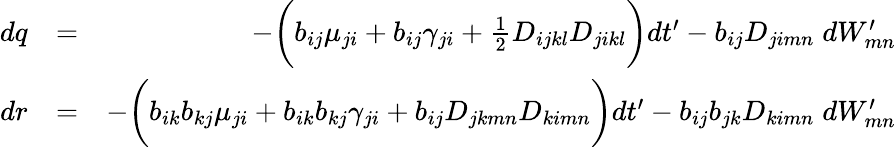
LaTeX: \begin{array}{rlr}{dq}&{=}&{-\bigg(b_{ij}\mu_{ji}+b_{ij}\gamma_{ji}+\frac{1}{2}D_{ijkl}D_{jikl}\bigg)dt^{\prime}-b_{ij}D_{jimn}\; dW_{mn}^{\prime}}\\ {dr}&{=}&{-\bigg(b_{ik}b_{kj}\mu_{ji}+b_{ik}b_{kj}\gamma_{ji}+b_{ij}D_{jkmn}D_{kimn}\bigg)dt^{\prime}-b_{ij}b_{jk}D_{kimn}\; dW_{mn}^{\prime}}\end{array}